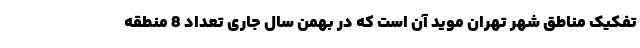
تفکیک مناطق شهر تهران موید آن است که در بهمن سال جاری تعداد 8 منطقه